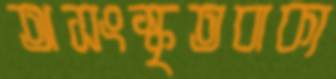
অসংস্কৃতবাক্য